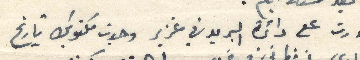
مررت على دائرة البريد في غزير وجدت مكتوبك تاريخ